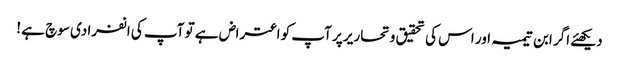
دیکھئے اگر ابن تیمیہ اور اس کی تحقیق و تحاریر پر آپ کو اعتراض ہے تو آپ کی انفرادی سوچ ہے !